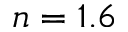
n = 1 . 6